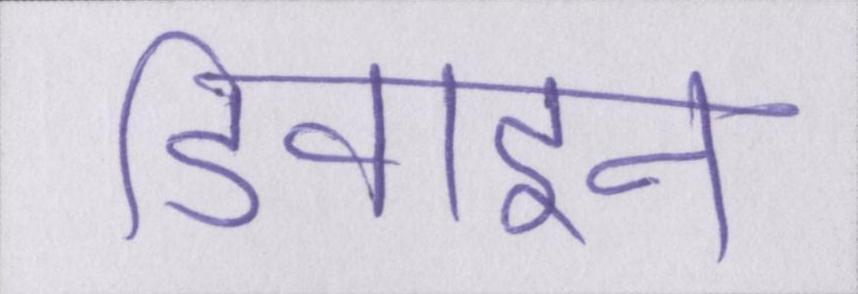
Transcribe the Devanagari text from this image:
डिवाइन